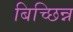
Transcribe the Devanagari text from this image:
बिच्छिन्न